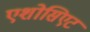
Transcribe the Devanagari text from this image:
एशोसिएट